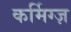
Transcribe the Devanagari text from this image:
कर्मिग्ज़